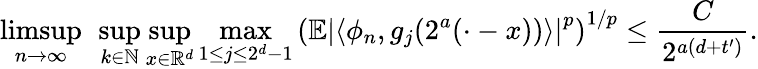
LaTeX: \operatorname*{limsup}_{n\to\infty}\ \operatorname*{sup}_{k\in\mathbb{N}}\operatorname*{sup}_{x\in\mathbb{R}^{d}}\operatorname*{max}_{1\le j\le 2^{d}-1}\left(\mathbb{E}\left|\langle\phi_{n},g_{j}(2^{a}(\cdot-x))\rangle\right|^{p}\right)^{1/p}\le\frac{C}{2^{a(d+t^{\prime})}}.